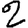
Digit: 2